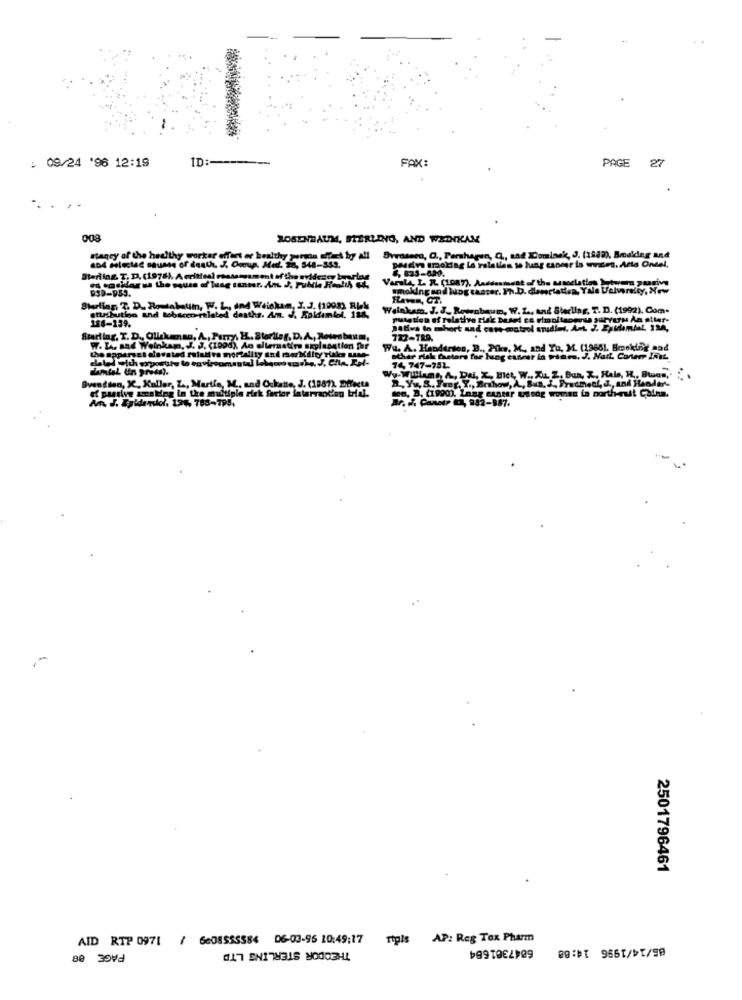
09/24 '96 12:19
ID :----
FAX:
PAGE
.. .
008
ROSENBAUM, STERLING, AND WEDIKAM
nagry of the healthy worker offact or healthy perman effect by all
nagry of the healthy worker effect er healthy person effect by all Svrassen, O ., Pershagen, Q ., and Comlack, J. (1982), Beakdeg and
6, 833-4M.
ing in relation to lung cancer in went, Arts Ondel.
Sterling. T. D. (1978), A critical massmssment of the myldcsey beri
Varal4, L. R. (1087), Anddenimwat of the associaties btwem puanivy
939-953.
smoking and lung caster. Ph.D. dieertation, Yale University, New
Haven, CT.
Shrlian T. D. Romiabaum, W. L ., Ind Wiekan, J. J. (1993) RIM
Walnkam. J. J ., Rosenbaum, W. Z, And Sterling, T. D. (1992). Com.
attribution and tobacco-related deaths. Am. J. Kaidaniel, 1
pusediou of relative risk besed co rimpitanera survers Ãn aller-
188-159.
ad cane watrol ardlet. Ant 2.
Starling, T. D ., Oliskenan, A, Parry, HL. Storlieg. D.A ., Rosen baum,
W. L. and Weinkam, J. J. (1998), An alternative explanation for
the appearget diavated muistfra mortality and rer Mdlry ylaks use
Wu. A. Haodtrion, B ., Pike, M ., and Yu, M. (19681. Smoking and
other risk Chetors for lung cancer in para, J. Hart. Conterr Ines
Conterr Ines
damtal Un press ?.
74 747-752.
Svendsen, X, Kaller, Z ., Martle, M. and Ockante, J. (1887), afecta
Wy.Williams, A, DA, X, HIch, W ., XL Z. Bun, Z. Hale, H. Btous,'
a, Yu, S. Four, Y ., Brshow, A, Sun, J ., Pratmedi, J ., and Hander'
son, B. (1990). Lang esnear usode womss in north-ruit Caina.
Am I. Egidenskol. 196, 788-795.
passive uceling in the multiple risk factor falarrantion trial.
Br. .. CanetP ET, 942-987.
-
2501796461
AID RTP 0971
/ 6608$55584 06-03-96 10:49;17 rtpis AP: Reg Tox Pharm
6847361664
PAGE 08
THEODOR STERLING LTD